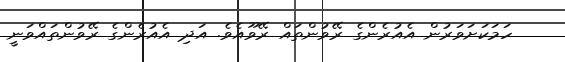
ހަމަކަށަވަރުން އެއުރެންގެ ރޭވުންތައް ރޭވޫއެވެ. އަދި އެއުރެންގެ ރޭވުންތައްވަނީ